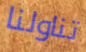
تناولنا